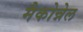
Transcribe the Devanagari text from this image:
मैकोन्नेल